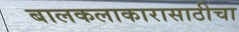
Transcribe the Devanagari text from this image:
बालकलाकारासाठीचा